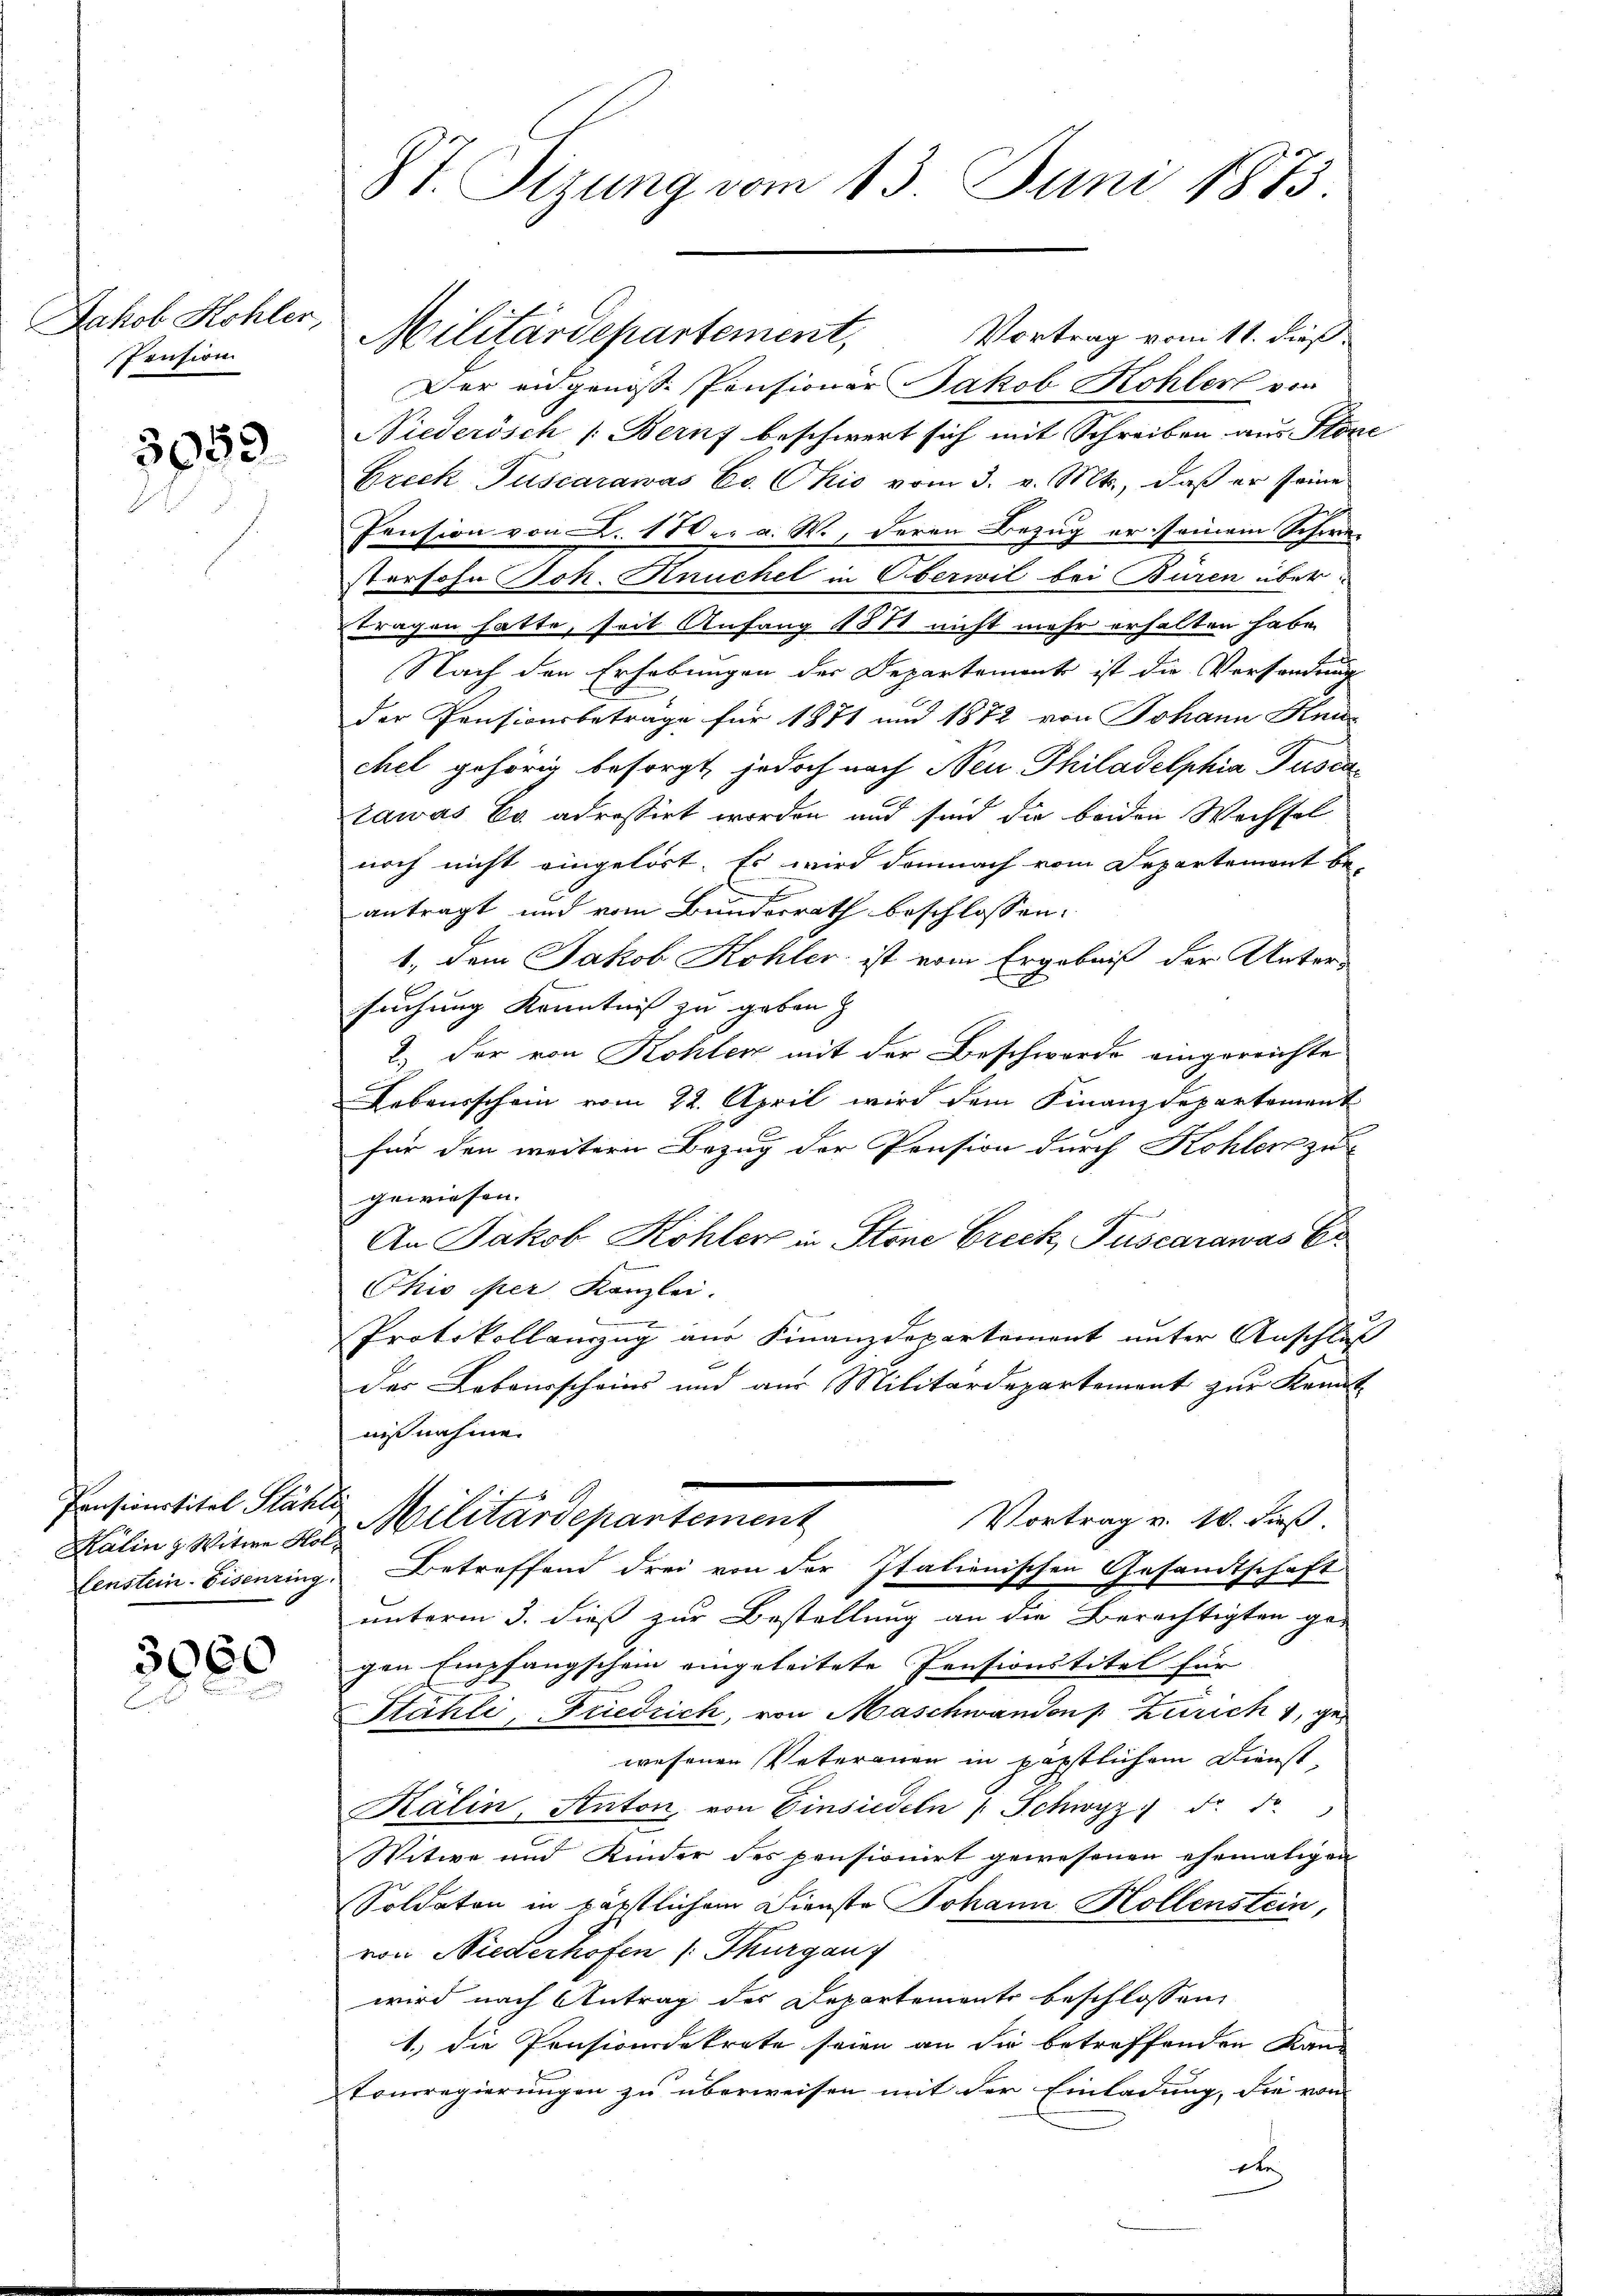
Jakob Kohler,
Pension

3059.

Pensionstitel Stähli

3060

Militärdepartement, Vortrag vom 11. dieß
Der eidgenosse Pensioner Jakob Kohler von
Niederösch /: Bern beschwert sich mit Schreiben aus Stone
Greck Puscarawas Co. Chio vom 3. v. Mts., daß er seine
Pension von L. 180. a. W., deren Bezug er seinem Schwe-
stersohn Joh. Knuchel in Oberwil bei Buren über
tragen hatte, seit Anfang 131 nicht mehr erhalten habe.
Nach den Erhebungen der Departements ist die Versandung
der Pensionsbeträge für 1871 und 1872 von Johann Heu
chel gehörig besorgt, jedoch nach Neu Philadelphia Pusia
tawas Co adressirt worden und sind die beiden Wechsel
noch nicht eingelöst. Es wird demnach vom Departement be-
antragt und vom Bundesrath beschlossen:
1., dem Jakob Kohler ist vom Ergebniß der Unter-
suchung Kenntniß zu geben
2.) Der von Kohlen mit der Beschwerde eingereichte
Lebensschein vom 22. April wird dem Finanzdepartement
für den weitern Bezug der Pension durch Kohlen zu
gewiesen.
An Jakob Köhler in Stone Greck, Puscarawas Er
Chio per Kanzlei.
Protokollauzug aus Finanzdepartement unter Anschluß
Das Lebensscheins und aus Militärdepartement zur Kennt-
nißnahme.
Vortrag v. 10. dieß.
Kälin & Witwe das Militärdepartement
Fenstein-Eisenring. Betreffend drei von der Italienischen Gesandtschaft
unterm 3. dieß zur Bestellung an die Berechtigten ge-
gen Empfangschein eingeleitete Pensionstitel für
Stähli, Friedrich, von Maschwanden Zürich, gewesenen Vateranen in päpstlichem Dienst-
Kälin, Anton, von Einsiedeln " Schwyz do do
Witwe und Kinder des pensionirt gewesenen ehemaligen
Soldaten in päpstlichem Dienste Johann Hollenstein,
von Niederhofen /: Thurgau
wird nach Antrag des Departements beschlossen,
1.) Die Pensionsdekrete seien an die betreffenden Rand
tonsregierungen zu überweisen mit der Einladung, die von
ete

87. Sizung vom 13. Juni 1873